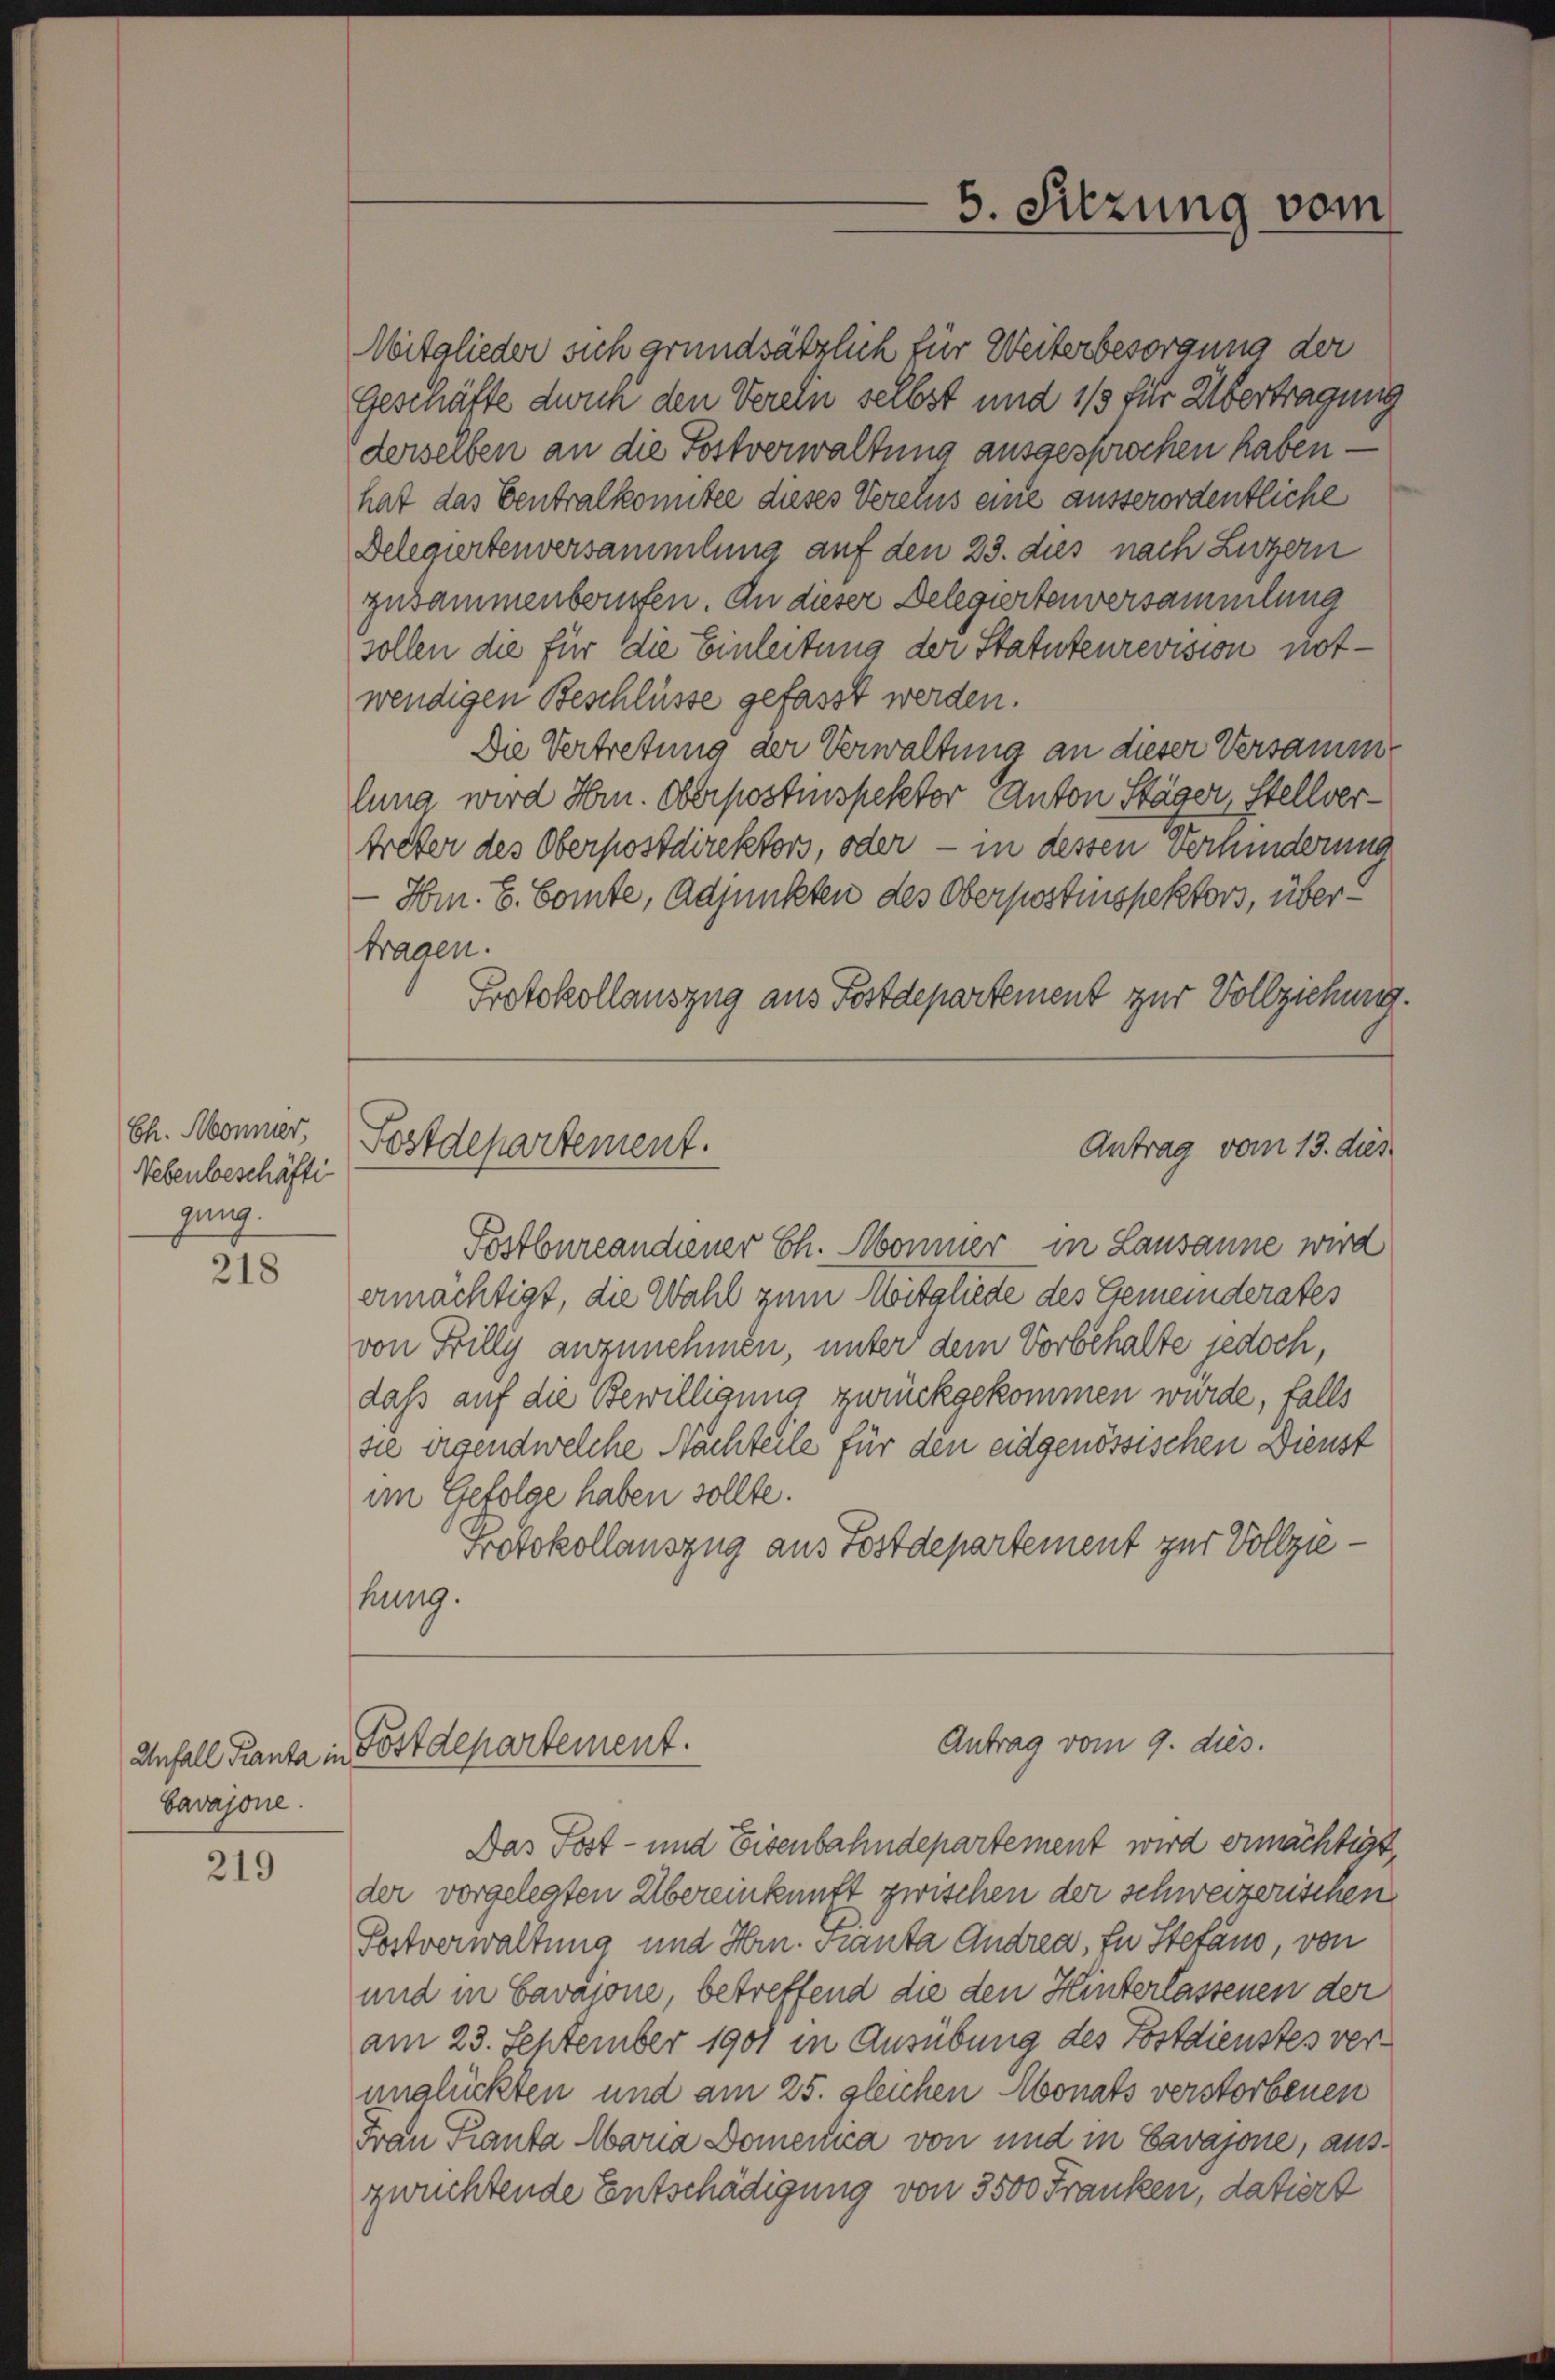
Ch. Monner,
Nebenbeschäfti
ging.

218

Unfall Franta in
Savajone.

219

Mitglieder sich grundsätzlich für Weiterbesorgung der
Geschäfte dich den Verein selbst und 1/3 für Übertragung
derselben an die Postverwaltung ausgesprochen haben –
hat das Centralkomitee dieses Vereins eine ausserordentliche
Delegirtenversammlung auf den 23. dies nach Luzern
zusammenberufen. An dieser Delegiertenversammlung
sollen die für die Einleitung der Statuteurevision notwendigen Beschlüsse gefasst werden.
Die Vertretung der Verwaltung an dieser Versamme
lung wird Hrn. Oberpostinspektor Anton Stäger, Stellvertreter des Oberpostdirektors, oder - in dessen Verhinderung
Hrn. B. Comte, Adjunkten des Oberpostinspektors, übertragen.
Protokollauszug aus Postdepartement zur Vollziehung.

Postburcandiener Ch. Sommer in Lausanne wird
ermächtigt, die Wahl zum Mitgliede des Gemeinderates
von Filly anzunehmen, unter dem Vorbehalte jedoch,
dass auf die Bewilligung zurückgekommen wurde, falls
sie eigendwelche Nachteile für den eidgenössischen Dienst
im Gefolge haben sollte.
Protokollauszug aus Postdepartement zur Vollziehung.

Fostdepartement.
Antrag vom 13. dies

Fostdepartement.

5. Sitzung vom

Antrag vom 9. dies.

Das Post- und Eisenbahndepartement wird ermächtigt,
der vorgelegten Übereinkunft zwischen der schweizerischen
Postverwaltung und Hrn. Franta Andrea, In Stefand, von
und in Savajone, betreffend die den Hinterlassenen der
am 23. September 1901 in Ausübung des Postdienstes verunglückten und am 25. gleichen Monats verstorbenen
Frau Panta Maria Dementica von und in Savajone, ausgeüchtende Entschädigung von 3500 Franken, datiert